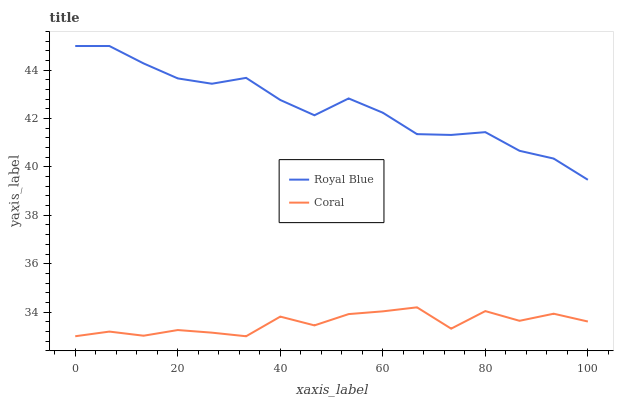
| xaxis_label | Royal Blue | Coral |
 | --- | --- | --- |
 | 0 | 45 | 33 |
 | 6.67 | 45 | 33.2 |
 | 13.3 | 44.3 | 33 |
 | 20 | 43.7 | 33.3 |
 | 26.7 | 43.4 | 33.1 |
 | 33.3 | 43.7 | 33 |
 | 40 | 42.8 | 33.8 |
 | 46.7 | 42.1 | 33.4 |
 | 53.3 | 42.8 | 33.9 |
 | 60 | 42.2 | 34 |
 | 66.7 | 41.4 | 34.2 |
 | 73.3 | 41.3 | 33.3 |
 | 80 | 41.4 | 34 |
 | 86.7 | 40.7 | 33.6 |
 | 93.3 | 40.3 | 33.9 |
 | 100 | 39.5 | 33.6 |